Annual report on the working of the mental hospitals in the Madras Presidency - 1912-1932
Year: 1912
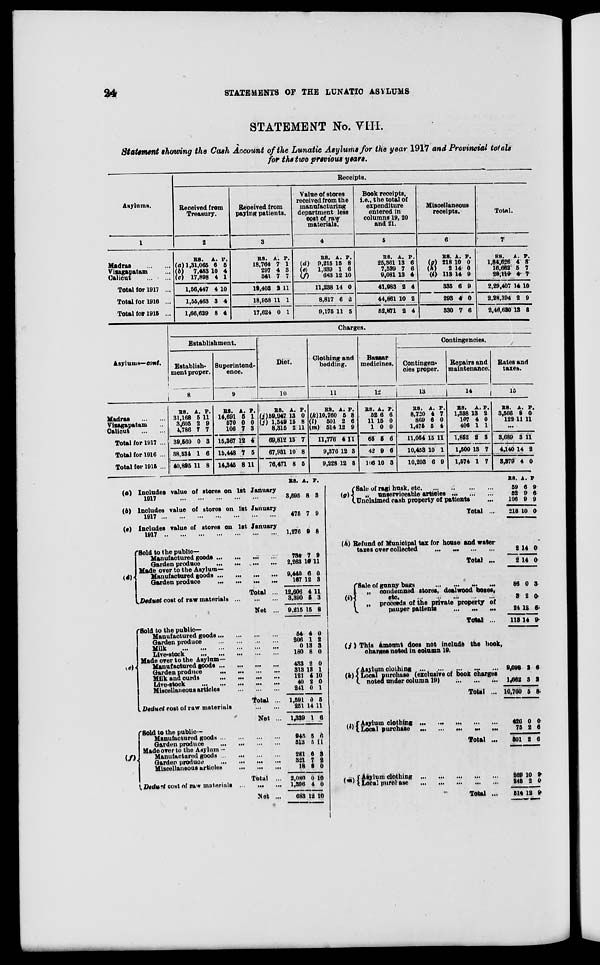
24
STATEMENTS OF THE LUNATIC ASYLUMS
STATEMENT No. VIII.
Statement showing the Cash Account of the Lunatic Asylums for the year 1917 and Provincial totals
for the two previous years.
Asylums.
1
Madras
...
...
Vizagapatam ...
Calicut ... ...
Total for 1917 ...
Total for 1916 ...
Total for 1915 ...
Receipts.
Received from
Treasury.
2
RS.
(a) 1,31,065
(b)
7,483
(c) 17,898
1,56,447
1,55,463
1,66,629
A.
6
10
4
4
3
8
P.
5
4
1
10
4
4
Received from
paying patients.
3
RS.
18,764
297
341
19,403
18,958
17,624
A.
7
4
7
2
11
0
P.
1
3
7
11
1
1
Value of stores
received from the
manufacturing
department less
cost of raw
materials.
4
RS.
(d)
9,215
(e)
1,339
(f)
683
11,238
8,817
9,175
A.
15
1
12
14
6
11
P.
8
6
10
0
2
5
Book receipts,
i.e., the total of
expenditure
entered in
columns 19, 20
and 21.
5
RS.
25,361
7,539
9,081
41,983
44,861
52,871
A.
13
7
13
2
10
2
P.
6
6
4
4
2
4
Miscellaneous
receipts.
6
RS.
(g) 218
(h)
2
(i) 113
335
293
330
A.
10
14
14
6
4
7
P.
0
0
9
9
0
6
Total.
7
RS.
1,84,626
16,662
28,119
2,29,407
2,28,394
2,46,630
A.
4
5
4
14
2
13
P.
3
7
7
10
9
8
Asylums—cont.
Madras
...
...
Vizagapatam ...
Calicut
...
...
Total for 1917 ...
Total for 1916 ...
Total for 1915 ...
Charges.
Establishment.
Establish-
ment proper.
8
RS.
31,168
3,605
4,786
39,560
38,534
40,895
A.
5
2
7
0
1
11
P.
11
9
7
3
6
8
Superintend-
ence.
9
RS.
14,691
570
106
15,367
15,448
14,345
A.
6
0
7
12
7
8
P.
1
0
3
4
5
11
Diet.
10
RS.
(j) 59,947
(j) 1,549
8,315
69,812
67,931
76,471
A.
13
15
2
15
10
8
P.
0
8
11
7
8
5
Clothing and
bedding.
11
RS.
(k) 10,760
(l)
501
(m) 514
11,776
9,376
9,228
A.
5
2
12
4
12
12
P.
8
6
9
11
3
8
Bazaar
medicines.
12
RS.
52
11
1
65
42
106
A.
6
15
0
5
9
10
P.
6
0
0
6
6
3
Contingencies.
Contingen-
cies proper.
13
RS.
8,720
869
1,475
11,064
10,453
10,203
A.
4
6
5
15
10
6
P.
7
0
4
11
1
9
Repairs and
maintenance.
14
RS.
1,338
107
406
1,852
1,500
1,574
A.
13
4
1
2
13
1
P.
2
0
1
3
7
7
Rates and
taxes.
15
RS.
3,566
122
A.
8
11
P.
0
11
...
3,689
4,140
3,379
3
14
4
11
2
0
(a)
(b)
(c)
(d)
Includes value of stores on 1st January
1917 ... ... ... ... ... ... ... ...
Includes value of stores on 1st January
1917 ... ... ... ... ... ... ... ...
Includes value of stores on 1st January
1917 ... ... ... ... ... ... ... ...
Sold to the public—
Manufactured goods
...
...
...
...
Garden produce
...
...
...
...
Made over to the Asylum—
Manufactured goods
...
...
...
...
Garden produce
...
...
...
...
Total ...
Deduct cost of raw materials
...
...
...
Net ...
(e)
Sold to the public—
Manufactured goods
...
...
...
...
Garden produce
...
...
...
...
Milk
...
...
...
...
...
...
Live-stock
...
...
...
...
...
Made over to the Asylum—
Manufactured goods
...
...
...
...
Garden produce
...
...
...
...
Milk
and
curds
...
...
...
...
Live-stock
...
...
...
...
...
Miscellaneous articles ... ... ...
Total ...
Deduct cost of raw materials
...
...
Net ...
(f) Sold to the public—
Manufactured goods
...
...
...
...
Garden produce
...
...
...
...
Made over to the Asylum—
Manufactured goods ... ... ... ...
Garden produce
...
...
...
...
Miscellaneous articles ... ... ...
Total ...
Deduct cost of raw materials
...
...
...
Net ...
RS.
3,595
475
1,276
734
2,263
9,440
167
12,606
3,390
9,215
54
206
0
180
433
313
121
40
241
1,691
251
1,339
945
513
281
321
18
2,080
1,396
683
A.
8
7
9
7
16
6
12
4
5
15
4
1
13
8
2
13
4
2
0
0
14
1
5
5
6
7
3
0
4
12
P.
3
9
8
9
11
0
3
11
3
8
0
2
3
0
0
1
10
0
1
5
11
6
6
11
3
2 0
10
0
10
(g)
Sale of ragi husk, etc
...
...
...
...
„
unserviceable articles
...
...
...
Unclaimed cash property of patients ...
Total ...
(h) Refund of Municipal tax for house and water
taxes over collected
...
...
...
...
Total ...
(i)
Sale of gunny bags ... ... ... ...
„
condemned stores, dealwood boxes,
etc. ... ... ... ... ...
„
proceeds of the private property of
pauper patients
...
...
...
Total ...
(j)
(k)
This amount does not include the book,
charges noted in column 19.
Asylum clothing ... ... ... ...
Local purchase (exclusive of book charges
noted under column 19)
...
...
...
Total ...
(l)
Asylum
clothing
...
...
...
...
...
Local purchase
...
...
...
...
...
Total ...
(m) Asylum clothing ... ... ... ... ...
Local purchase
...
...
...
...
...
...
Total ...
RS.
59
52
106
218
2
2
86
3
24
113
A.
6
9
9
10
14
14
0
2
12
14
P.
9
6
9
0
0
0
3
0
6
9
9,098
1,662
10,760
426
75
501
269 245
514
2
3
5
0
2
2
10
2
12
6
2
8
0
6
6
9
0
9